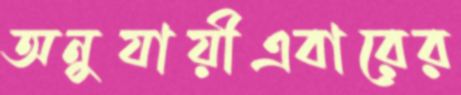
অনুযায়ীএবারের